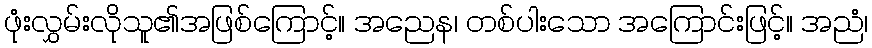
ဖုံးလွှမ်းလိုသူ၏အဖြစ်ကြောင့်။ အညေန၊ တစ်ပါးသော အကြောင်းဖြင့်။ အညံ၊